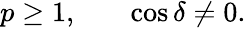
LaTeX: \begin{array}{ccc}{{p\geq 1,}}&{{}}&{{\cos{\delta}\neq 0.}}\end{array}